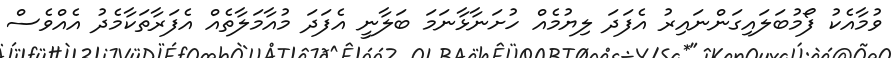
ވުމާއެކު ފޯމުބަލައިގަންނައިރު އެފަދަ ލިޔުމެއް ހުށަނާޅާނަމަ ބަލާނީ އެފަދަ މުއާމަލާތެއް އެފަރާތަކާމެދު އެއްވެސް